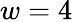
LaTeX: w=4